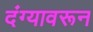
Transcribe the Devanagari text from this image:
दंग्यावरून